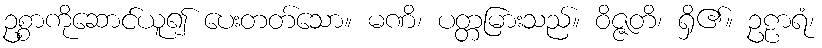
ဥစ္စာကိုဆောင်ယူ၍ ပေးတတ်သော။ မဏိ၊ ပတ္တမြားသည်။ ဝိဇ္ဇတိ၊ ရှိ၏။ ဥဠာရံ၊